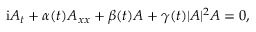
\begin{array} { r } { \mathrm { { i } } A _ { t } + \alpha ( t ) A _ { x x } + \beta ( t ) A + \gamma ( t ) | A | ^ { 2 } A = 0 , } \end{array}